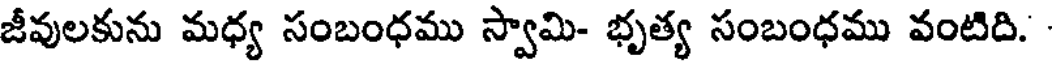
జీవులకును మధ్య సంబంధము స్వామి- భృత్య సంబంధము వంటిది.